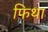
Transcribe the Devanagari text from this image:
फिथा